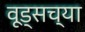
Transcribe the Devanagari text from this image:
वूड्सच्या